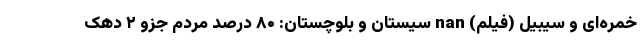
خمره‌ای و سیبیل (فیلم) nan سیستان و بلوچستان: ۸۰ درصد مردم جزو ۲ دهک